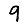
Digit: 9